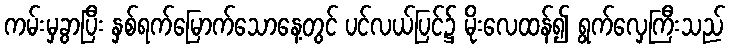
ကမ်းမှခွာပြီး နှစ်ရက်မြောက်သောနေ့တွင် ပင်လယ်ပြင်၌ မိုးလေထန်၍ ရွက်လှေကြီးသည်